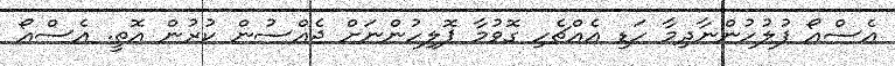
އެސްއޯ ފުލުހުންނާދިމާ ހަޑި އެއްޗެހި ގޮވުމާ ޕޮލިހުންނަށް ޖެއްސުން ކުރުން އޮތީ. އެސްއޯ